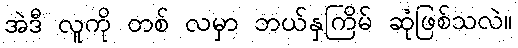
အဲဒီ လူကို တစ် လမှာ ဘယ်နှကြိမ် ဆုံဖြစ်သလဲ။